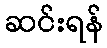
ဆင်းရန်